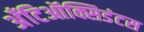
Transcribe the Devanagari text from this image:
अँटिऑक्सिडंटस